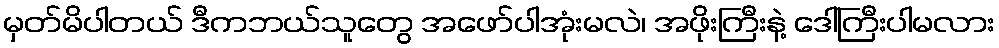
မှတ်မိပါတယ် ဒီကဘယ်သူတွေ အဖော်ပါအုံးမလဲ၊ အဖိုးကြီးနဲ့ ဒေါ်ကြီးပါမလား